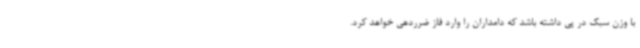
با وزن سبک در پی داشته باشد که دامداران را وارد فاز ضرردهی خواهد کرد.